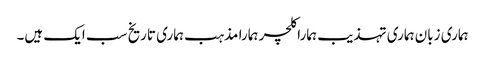
ہماری زبان ہماری تہذیب ہمارا کلچر ہمارا مذہب ہماری تاریخ سب ایک ہیں۔